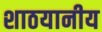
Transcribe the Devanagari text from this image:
शाठयानीय